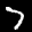
Label: 7